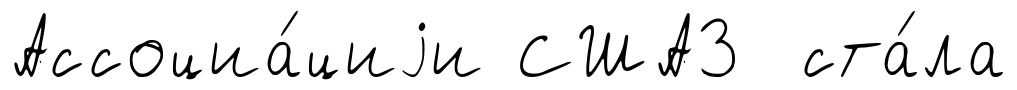
Ассоциа́циjи США3 ста́ла